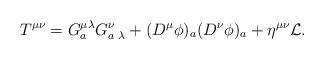
LaTeX: \begin{align*}T^{\mu\nu}=G_a^{\mu\lambda}G^{\nu}_{a\,\,\lambda}+(D^\mu\phi)_a (D^\nu\phi)_a+\eta^{\mu\nu}{\cal L}.\end{align*}